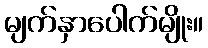
မျက်နှာပေါက်မျိုး။